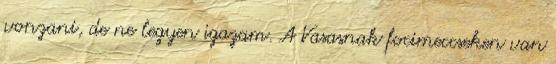
vonzani, de ne legyen igazam. A Vasasnak focimeccseken van